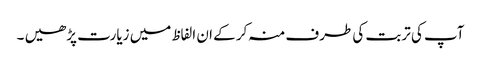
آپ کی تربت کی طرف منہ کر کے ان الفاظ میں زیارت پڑھیں ۔